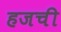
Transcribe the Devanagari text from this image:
हजची